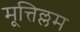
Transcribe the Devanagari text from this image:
मूत्तिल्लम